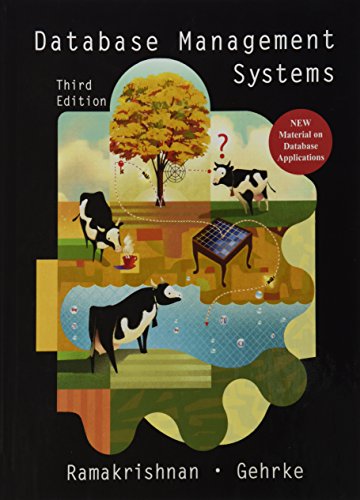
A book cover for Database Management Systems, 3rd Edition; Raghu Ramakrishnan; Computers & Technology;